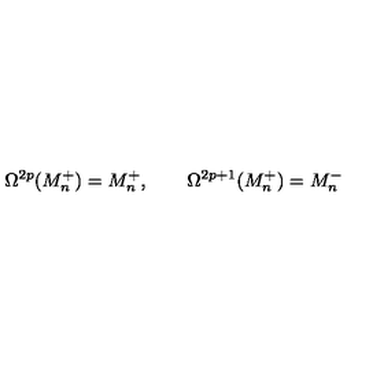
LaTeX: \Omega ^ { 2 p } ( M _ { n } ^ { + } ) = M _ { n } ^ { + } , \qquad \Omega ^ { 2 p + 1 } ( M _ { n } ^ { + } ) = M _ { n } ^ { - }